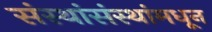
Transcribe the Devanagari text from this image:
संस्थांसंस्थांमधून